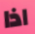
اذا